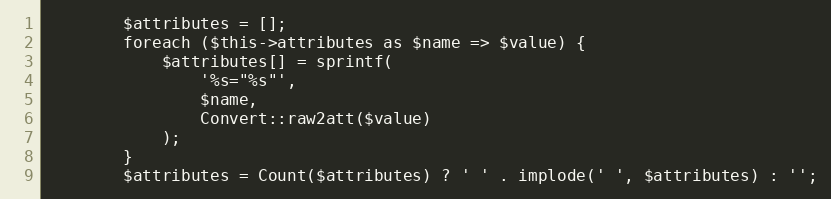
Language: PHP
        $attributes = [];
        foreach ($this->attributes as $name => $value) {
            $attributes[] = sprintf(
                '%s="%s"',
                $name,
                Convert::raw2att($value)
            );
        }
        $attributes = Count($attributes) ? ' ' . implode(' ', $attributes) : '';